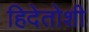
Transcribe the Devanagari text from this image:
हिदेतोशी